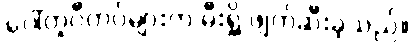
ပေါ်တူဂီတပ်များက မီးရှို့ ဖျက်ဆီးခဲ့သည်။